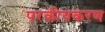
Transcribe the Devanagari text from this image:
परकीयकरण